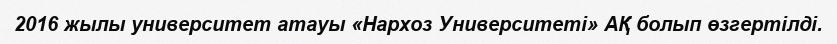
2016 жылы университет атауы «Нархоз Университеті» АҚ болып өзгертілді.